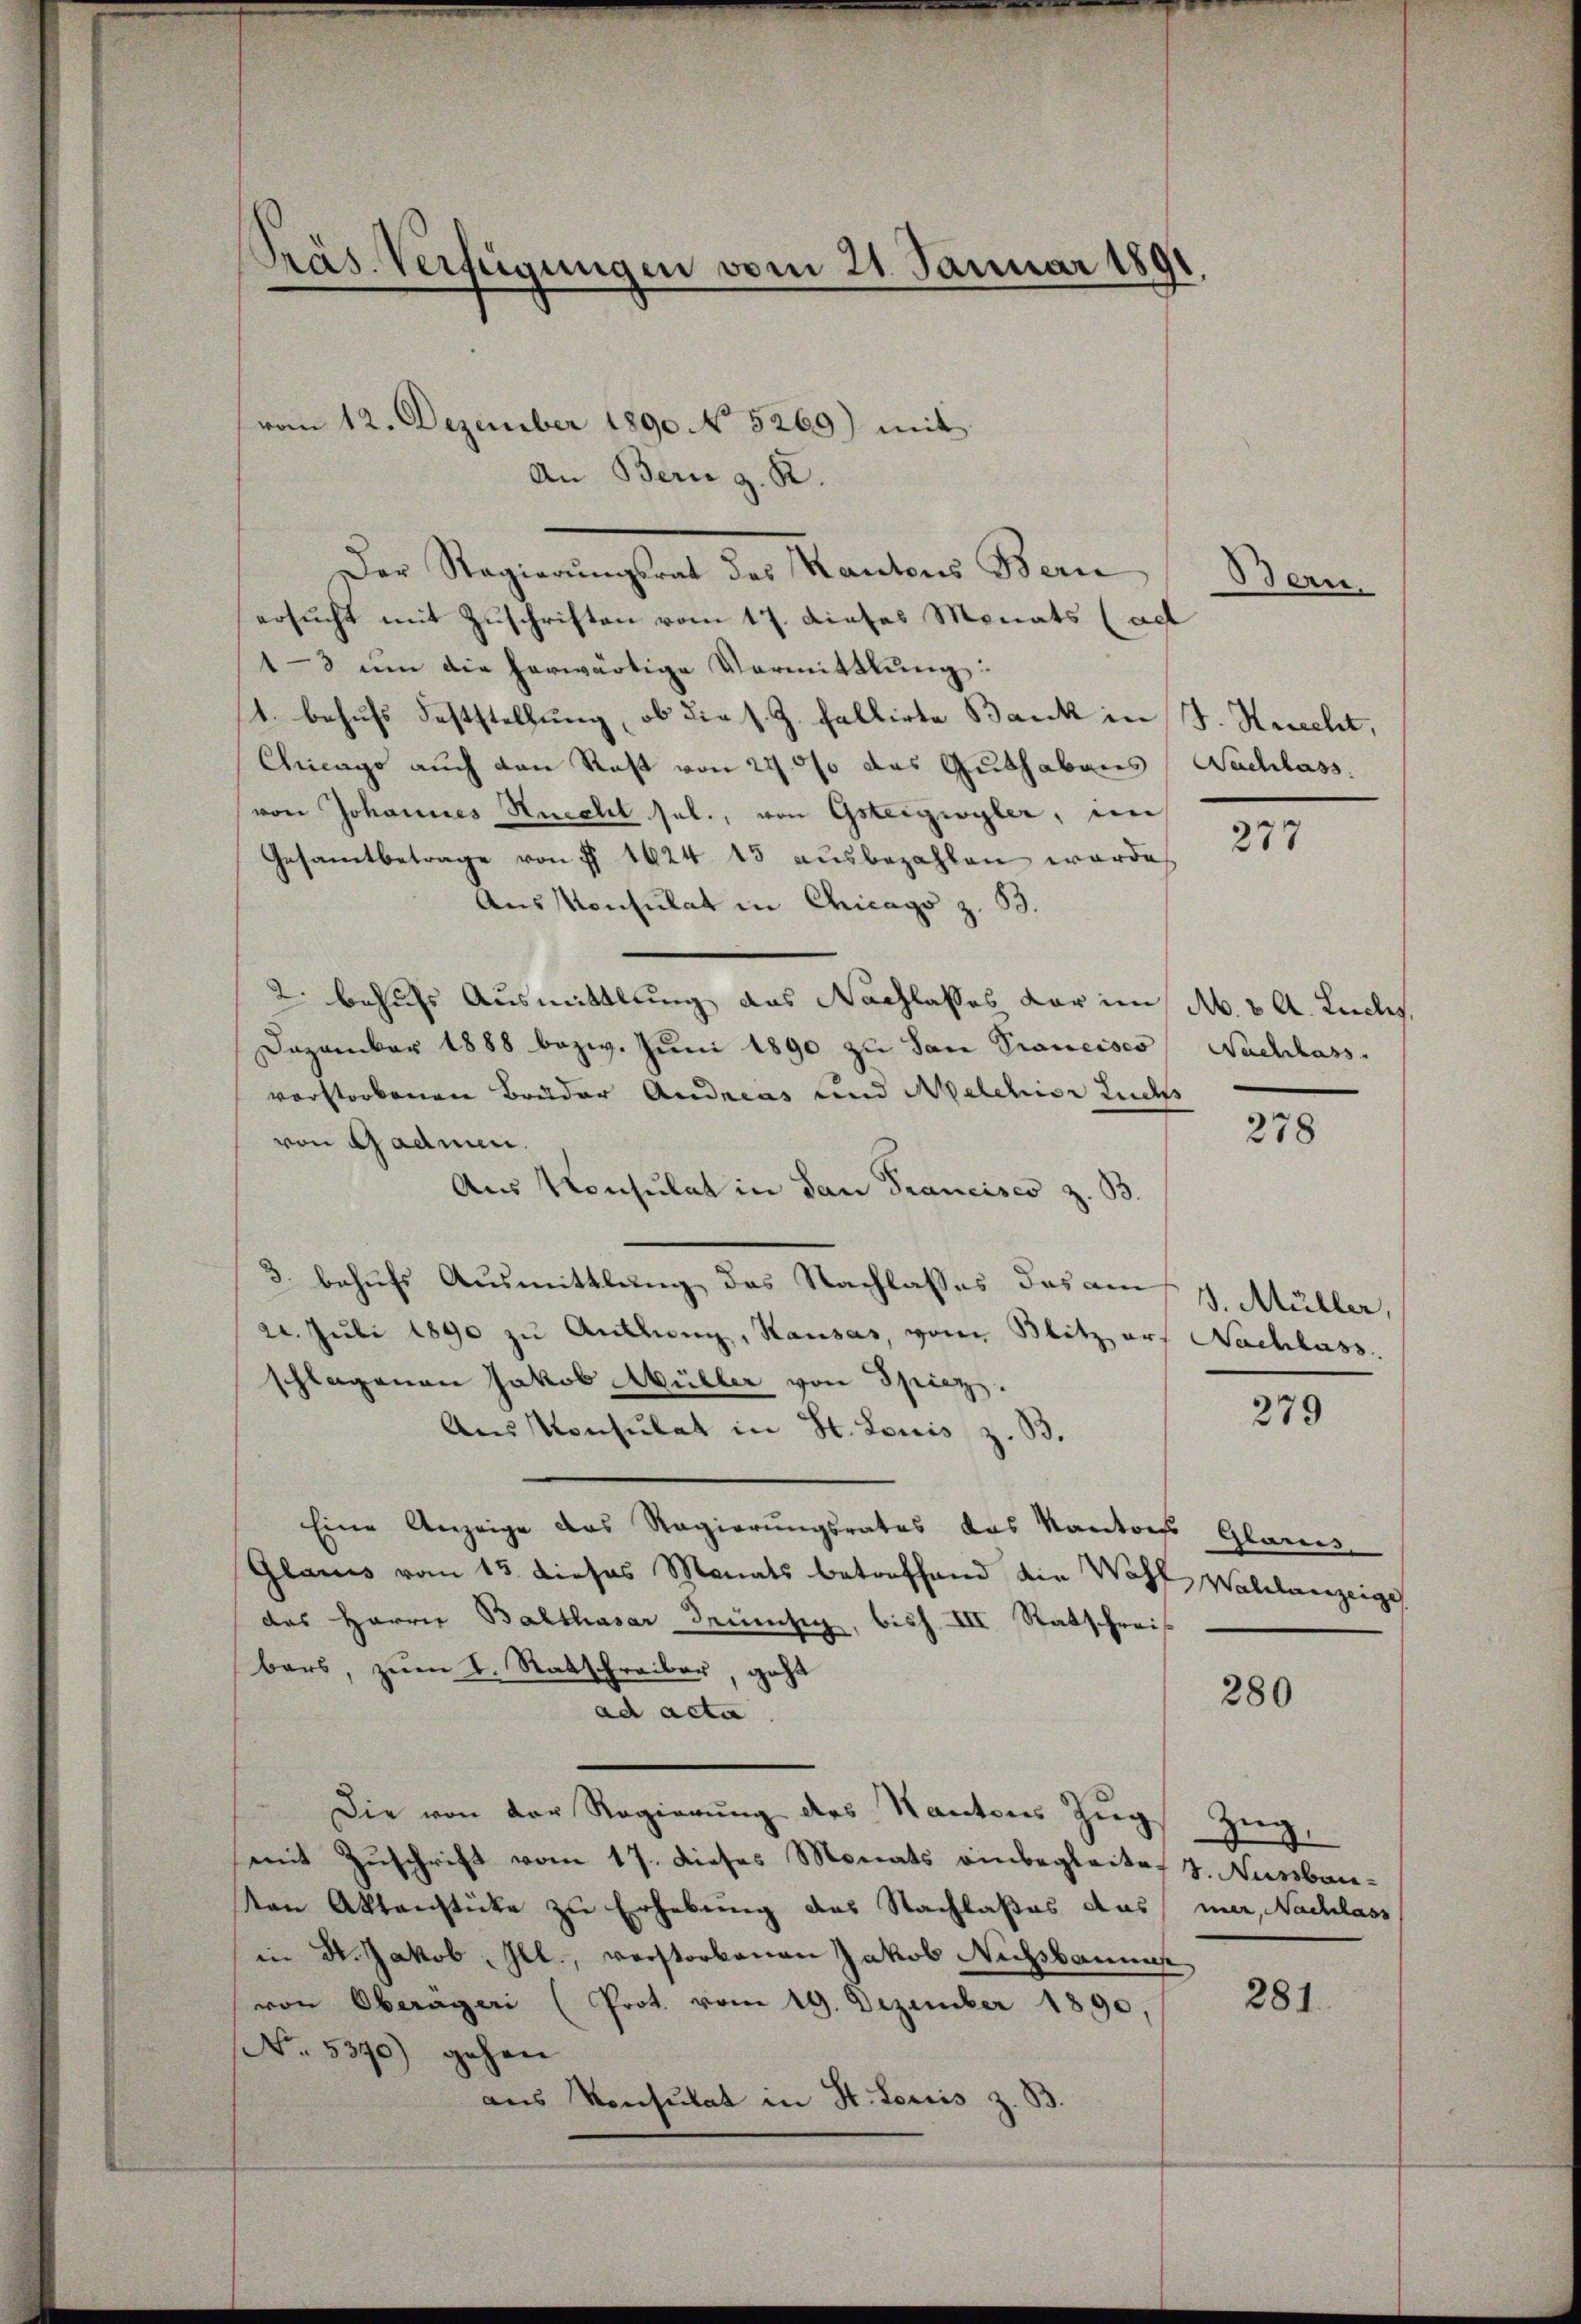
Präs. Verfügungen vom 21. Januar 1891

vom 12. Dezember 1890 No 5269) mit
An Bern z. R.
Der Regierŭngsrat des Kantons Bern
ersucht mit Zuschriften vom 17. dieses Monats (ad
1-3 um die herwärtige Vermittlung:
1. behufs Feststellung, ob die s. Z. Fallirte Bank in J. Heucht,
Chicago auch den Rast von 24000 das Guthabens (Nachlass,
von Johannes Recht sel., von Gsteigwyler, im
Gesamtbetrage von § 1624. 43 aŭsbezahlen werde,
Aus Konsulat in Chicago z. B.
2. besuchs Ausmittlung des Nachlasses der im N. 8 A. Keiles,
Dezember 1888 bezw. Jŭni 1890 zu dan Prancises Nachhass.
vorstorbenen Brüder Andreas und Nelchior Lud
von Gadmen.
Aus Konsulat in dan Francisco z. B.
3. behufs Ausmittlung des Nachlasses das am 1. Müller,
22. Juli 1890 zu Anthung, Hausas, von Blitz aus Nachlass.
schlagenen Jakob Müller von Spiez.
Aus Konsulat in St. Louis z. B.
Eine Anzeige das Regierungsrates das Kantons Glarus
Glarus vom 13. dieses Monats betreffend die Wahl Wahlanzeige
das Herrn Balthasar demsig, biss. VII Ratschreif
bars, zum I. Ratschreiber, geht
280
ad acta.
Die von der Regierŭng des Kantons Zŭg Zŭg,
mit Zuschrift vom 17. dieses Monats einbegleitet 4. Nussbar-
Von Aktenstücke zu Erhebung des Nachlaßes ausmer, Nachlass
in St. Jakob, Ill., verstorbenen Jakob Nussbaumes
281.
von Oberägeri (Prot. vom 19. Dezember 1890,
No. 5390) gehen
aus Konsulat in St. Louis z. B.

Bern.

277

278

279